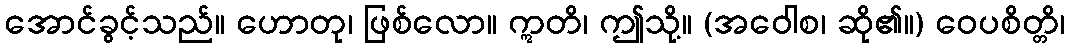
အောင်ခွင့်သည်။ ဟောတု၊ ဖြစ်လော။ ဣတိ၊ ဤသို့။ (အဝေါစ၊ ဆို၏။) ဝေပစိတ္တိ၊